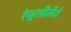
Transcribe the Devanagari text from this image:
रेजुरडीमेंटो